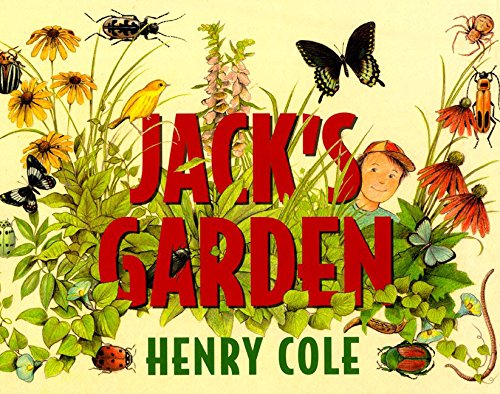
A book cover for Jack's Garden; Henry Cole; Children's Books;